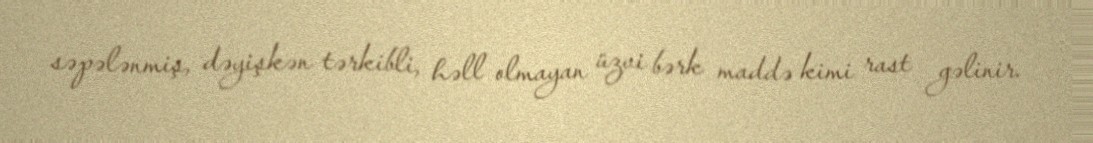
səpələnmiş, dəyişkən tərkibli, həll olmayan üzvi bərk maddə kimi rast gəlinir.